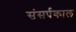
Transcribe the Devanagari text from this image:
संसर्पकाल